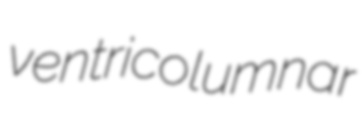
ventricolumnar